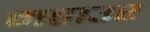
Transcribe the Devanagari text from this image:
महाउर